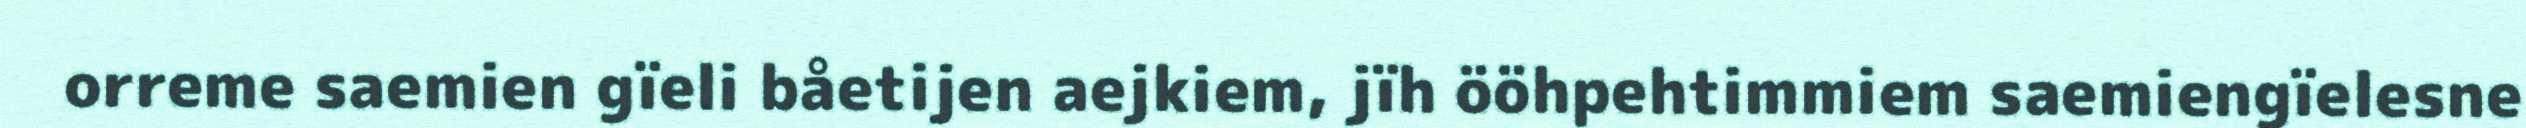
orreme saemien gïeli båetijen aejkiem, jïh ööhpehtimmiem saemiengïelesne